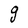
Character: g